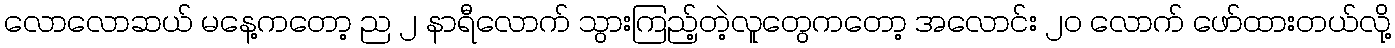
လောလောဆယ် မနေ့ကတော့ ည ၂ နာရီလောက် သွားကြည့်တဲ့လူတွေကတော့ အလောင်း ၂၀ လောက် ဖော်ထားတယ်လို့